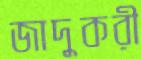
জাদুকরী